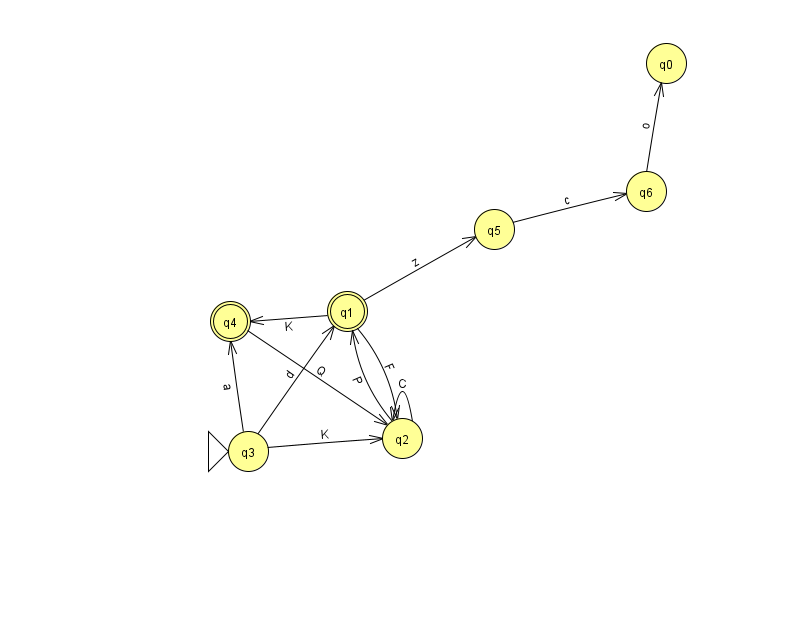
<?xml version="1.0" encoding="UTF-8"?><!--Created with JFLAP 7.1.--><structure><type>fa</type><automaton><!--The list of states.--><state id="0" name="q0"><x>666.0</x><y>50.0</y></state><state id="1" name="q1"><x>347.0</x><y>298.0</y><final/></state><state id="2" name="q2"><x>402.0</x><y>425.0</y></state><state id="3" name="q3"><x>248.0</x><y>438.0</y><initial/></state><state id="4" name="q4"><x>230.0</x><y>308.0</y><final/></state><state id="5" name="q5"><x>494.0</x><y>216.0</y></state><state id="6" name="q6"><x>646.0</x><y>178.0</y></state><!--The list of transitions.--><transition><from>2</from><to>1</to><read>P</read></transition><transition><from>5</from><to>6</to><read>c</read></transition><transition><from>2</from><to>2</to><read>C</read></transition><transition><from>6</from><to>0</to><read>o</read></transition><transition><from>1</from><to>4</to><read>K</read></transition><transition><from>1</from><to>2</to><read>F</read></transition><transition><from>3</from><to>1</to><read>d</read></transition><transition><from>1</from><to>5</to><read>z</read></transition><transition><from>3</from><to>2</to><read>K</read></transition><transition><from>3</from><to>4</to><read>a</read></transition><transition><from>4</from><to>2</to><read>Q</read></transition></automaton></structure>